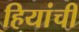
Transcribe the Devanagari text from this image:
हियांची